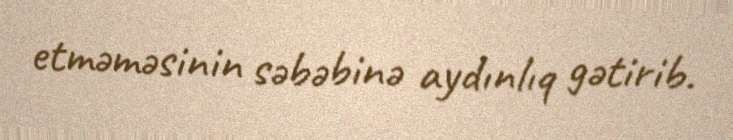
etməməsinin səbəbinə aydınlıq gətirib.